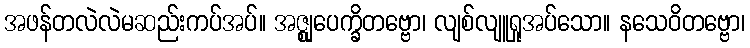
အဖန်တလဲလဲမဆည်းကပ်အပ်။ အဇ္ဈုပေက္ခိတဗ္ဗော၊ လျစ်လျူရှုအပ်သော။ နသေဝိတဗ္ဗော၊